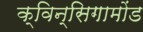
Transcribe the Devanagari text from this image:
क्विन्सिगामोंड